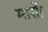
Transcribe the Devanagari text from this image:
मासाें